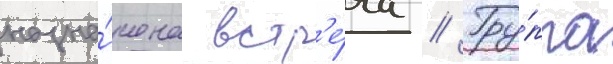
назна́чена встр'е́ча // Гру́ппа